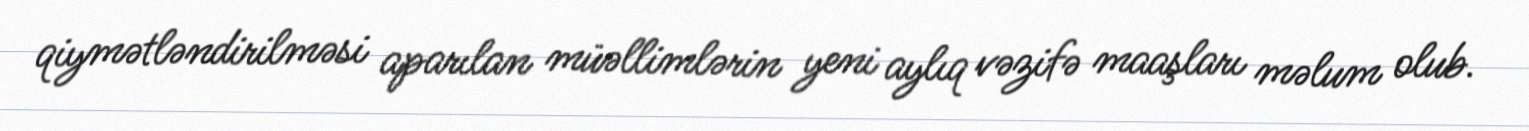
qiymətləndirilməsi aparılan müəllimlərin yeni aylıq vəzifə maaşları məlum olub.